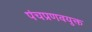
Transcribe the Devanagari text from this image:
पंचप्रणवयुक्त